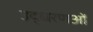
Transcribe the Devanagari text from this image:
उद्धरणओं